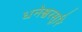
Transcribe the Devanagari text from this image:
धनेश्वरसूरि